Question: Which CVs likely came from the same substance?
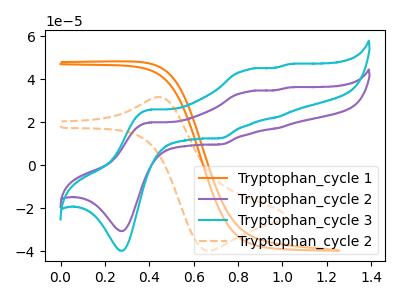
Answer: <think>The orange curve "Tryptophan_cycle 1" has no peaks. The purple curve "Tryptophan_cycle 2" has anodic peaks at (0.40V, 19.90uA) (0.85V, 34.20uA) (1.00V, 17.20uA) (1.05V, 36.15uA) and cathodic peaks at (0.30V, -30.65uA) (0.75V, 9.70uA). The cyan curve "Tryptophan_cycle 3" has anodic peaks at (0.40V, 25.85uA) (0.85V, 44.45uA) (1.00V, 22.40uA) (1.05V, 47.00uA) and cathodic peaks at (0.30V, -39.80uA) (0.75V, 12.60uA). The orange dashed curve "Tryptophan_cycle 2" has an anodic peak at (0.45V, 31.75uA) and a cathodic peak at (0.65V, -39.80uA).
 "Tryptophan_cycle 1" and "Tryptophan_cycle 2" have a different number of peaks. "Tryptophan_cycle 1" and "Tryptophan_cycle 3" have a different number of peaks. "Tryptophan_cycle 1" and "Tryptophan_cycle 2" have a different number of peaks. "Tryptophan_cycle 2" and "Tryptophan_cycle 3" have at least one peak that do not match. "Tryptophan_cycle 2" and "Tryptophan_cycle 2" have a different number of peaks. "Tryptophan_cycle 3" and "Tryptophan_cycle 2" have a different number of peaks.</think>
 <answer>No CV's on this graph have a similar shape to each other.</answer>
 <eval>none</eval>